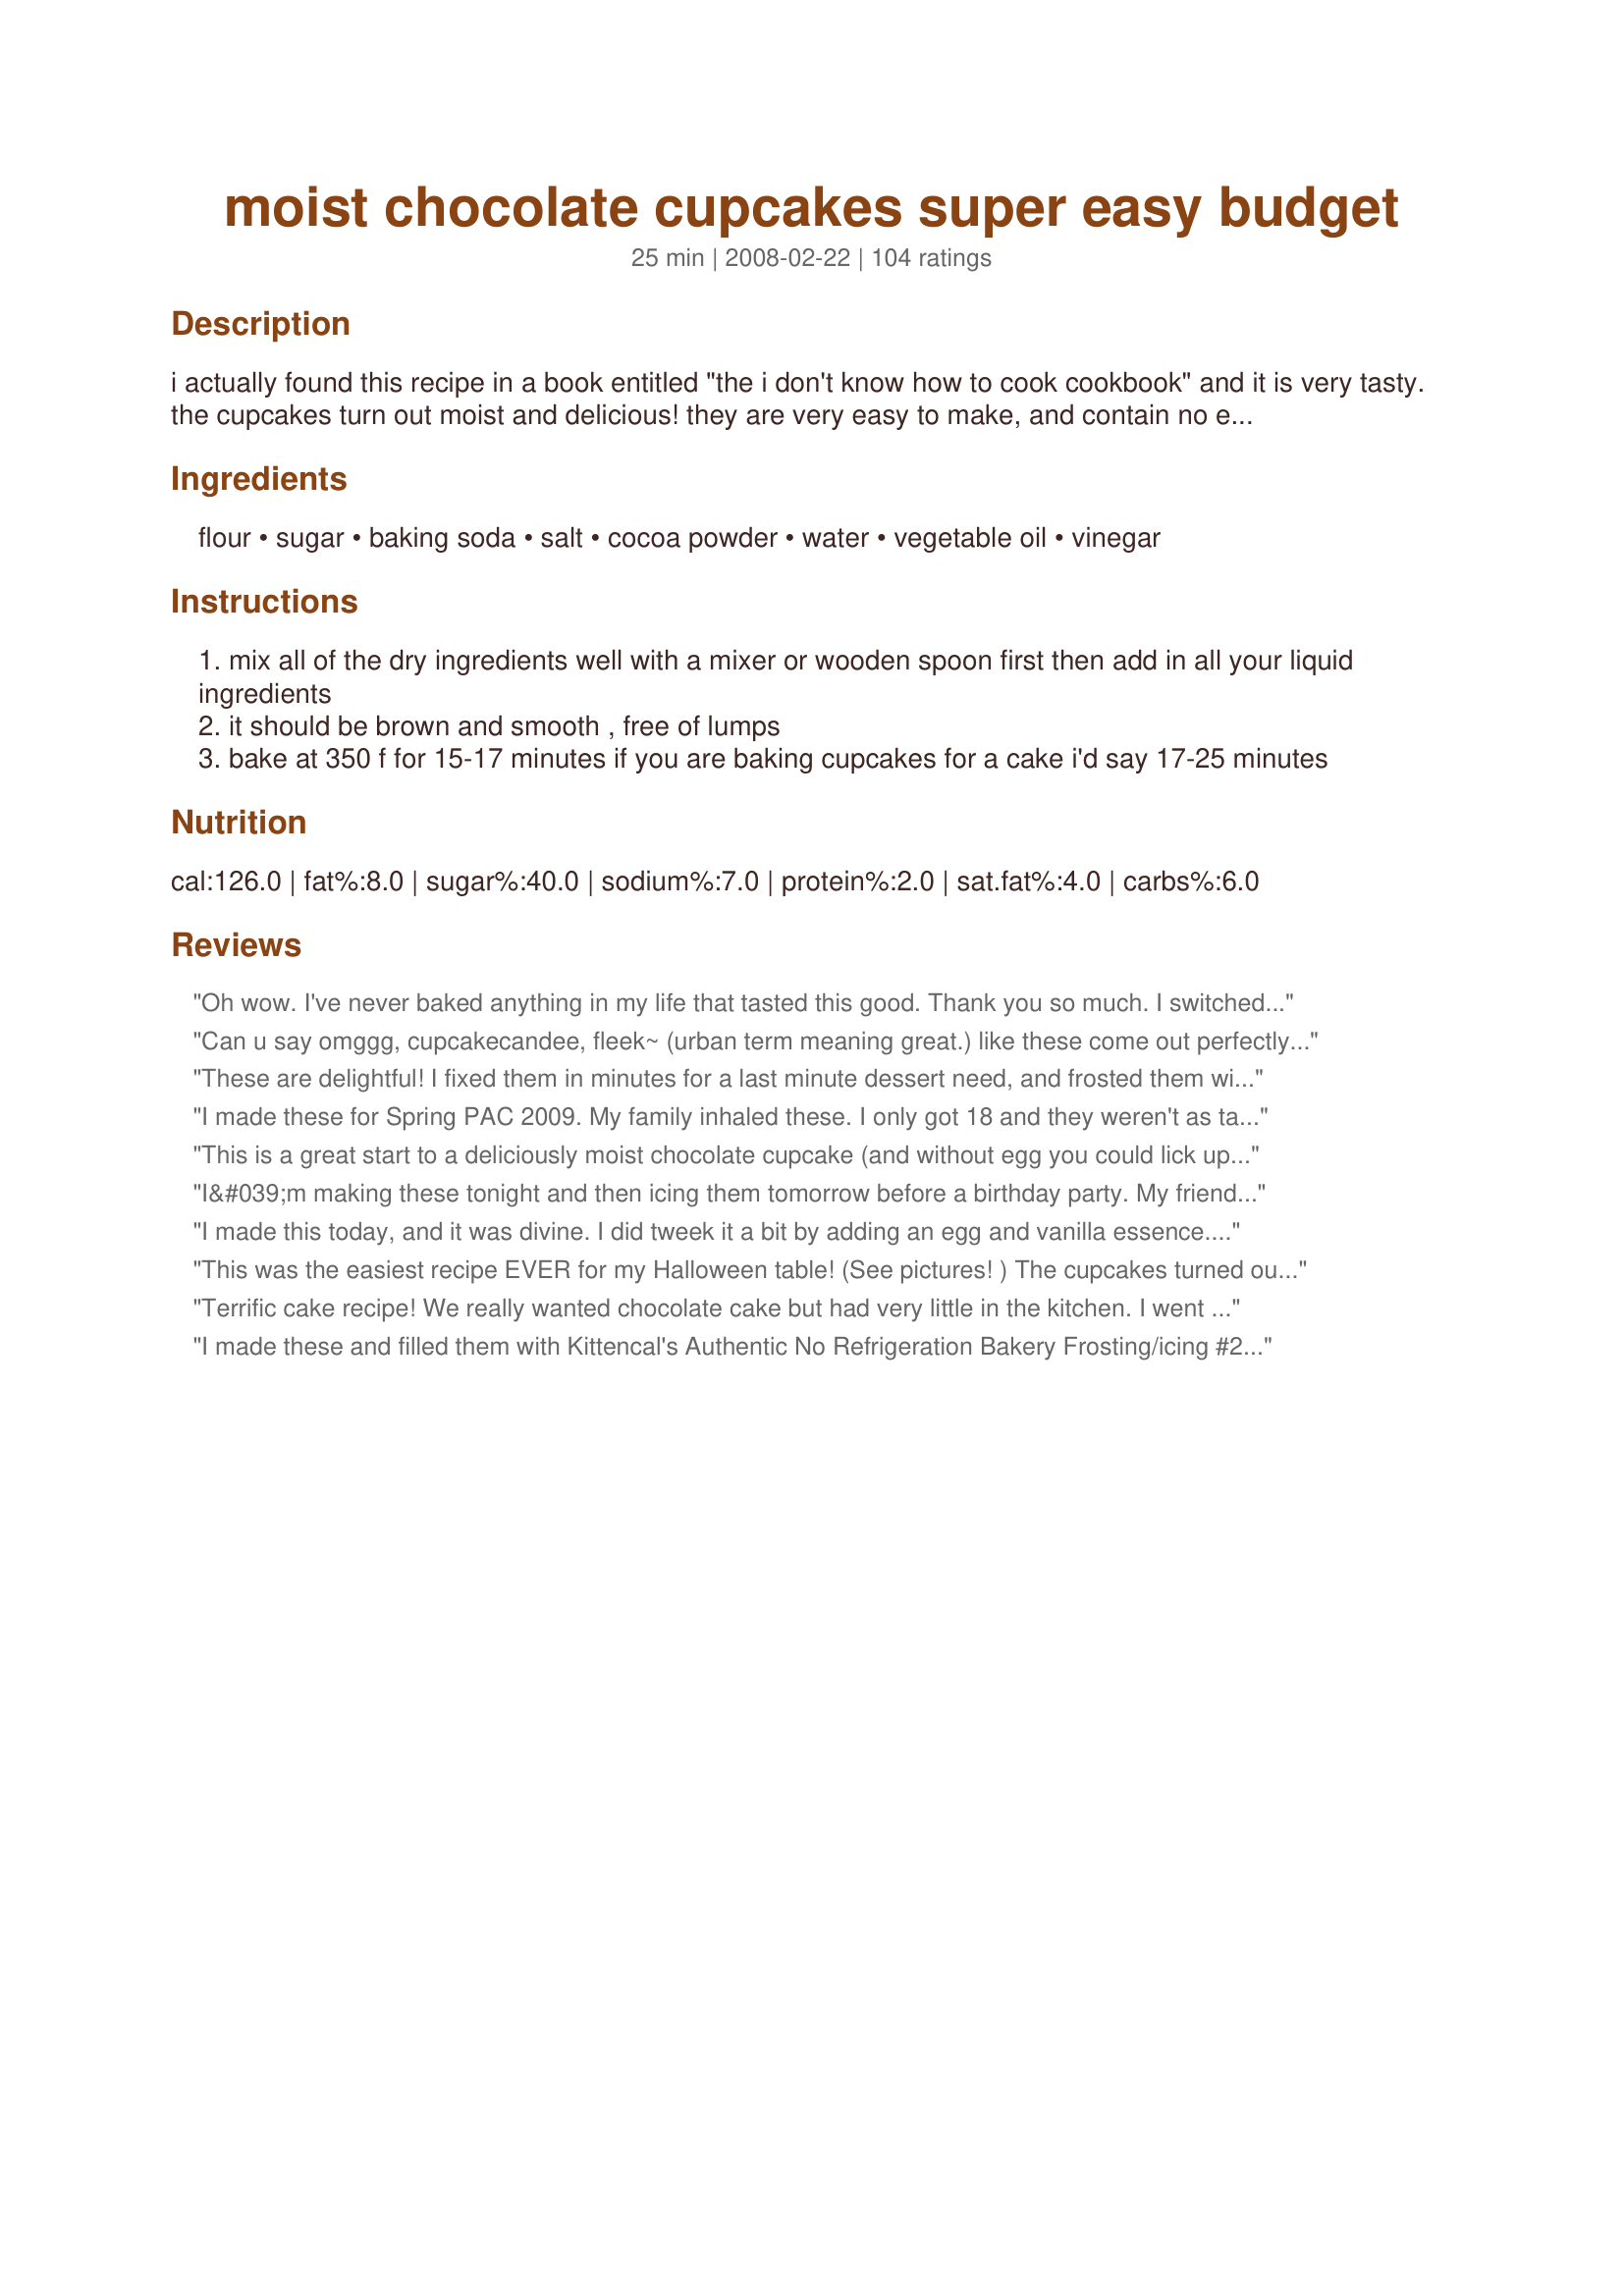
moist chocolate cupcakes super easy budget
Preparation time: 25 minutes

i actually found this recipe in a book entitled "the i don't know how to cook cookbook" and it is very tasty. the cupcakes turn out moist and delicious! they are very easy to make, and contain no eggs or milk. pair with your favorite icing.

however, buttermilk or milk may be substituted for water and melted butter may be substituted for the oil.

Ingredients:
flour, sugar, baking soda, salt, cocoa powder, water, vegetable oil, vinegar

Steps:
mix all of the dry ingredients well with a mixer or wooden spoon first then add in all your liquid ingredients
it should be brown and smooth , free of lumps
bake at 350 f for 15-17 minutes if you are baking cupcakes for a cake i'd say 17-25 minutes

Reviews:
Oh wow. I've never baked anything in my life that tasted this good. Thank you so much. I switched water to milk, added 3 tbsp of butter, a dash of cinnamon and drops of vanilla, cracked 1 egg. It came out so rich and yummy. I had to bake it longer but wow. Husband loves it. Thank you so much for sharing this =) I also made vanilla whipped icing on top, and omg heavenly !
Can u say omggg, cupcakecandee, fleek~ (urban term meaning great.) like these come out perfectly fluffy moist , finger lick nnn goodeee, and the list goes on every time. Note, I ran out of vinegar this time and used lemon juice instead tho. Made with no mess no fuss with my grandchild. As I only do easeee baking. I dont even use the word complicated in my dictionary. Keep bring n the recipes on. Sincerely tonguefulofnnokie
These are delightful! I fixed them in minutes for a last minute dessert need, and frosted them with a basic cocoa buttercream frosting. They are very dark and moist. A KEEPER! Thank you so much for posting the recipe.
I made these for Spring PAC 2009. My family inhaled these. I only got 18 and they weren't as tall as a cupcake made with egg but that was a plus to me. My littlest just eats the top half with the icing leaving the rest. With these he ate the whole thing. I baked some plain to frost for him and on the others I sprinkled about a teaspoon of unsweetened coconut then placed 4 mini kisses on top of the coconut. The coconut was very toasty when done. I will be making these again. Thank you.
This is a great start to a deliciously moist chocolate cupcake (and without egg you could lick up the remaining batter and not worry about salmonella). I did use a canola oil, olive oil and grapeseed oil blend in place of plain vegetable oil, and apple cider vinegar in place of white vinegar plus added teaspoon vanilla extract, teaspoon almond extract and a 1/4 teaspoon rose water. It was a huge success with the whipped cream cheese icing I made to top it off. The vinegar and baking soda helps the cupcake rise without egg, so don't think vinegar is a typo when making this budget-friendly cupcake!
I&#039;m making these tonight and then icing them tomorrow before a birthday party. My friend loves whipped icing, what is a great recipe with these cupcakes that I should use?
I made this today, and it was divine. I did tweek it a bit by adding an egg and vanilla essence...and Ferrero Rocher. I filled the cupcake holders halfway, and then pushed a whole chocolate into the middle. Baked it for about 25 mins. I got fluffy, moist cupcakes with a FR poking out the top. I made a simple butter cream icing to go with it. Love, love, love
This was the easiest recipe EVER for my Halloween table! (See pictures! ) The cupcakes turned out amazingly delicious! I also added an egg and some vanilla to the mix! They were really tasty and they puffed out a lot, I was so impressed with myself and the recipe especially that these were the first cupcakes I have ever made! I didn&#039;t even used a mixer, I just mixed everything by hand for maybe 2-3 minutes and that was it! They weren&#039;t very moist but they were moist enough, I&#039;ll definitely be making them from now on, thanks a million!
Terrific cake recipe! We really wanted chocolate cake but had very little in the kitchen. I went looking for a recipe that used oil and found this one! And joy of joys it's already vegan! Didn't have to fuss with any subs! Already wrote this down in the book. Thanks bunches!
I made these and filled them with Kittencal's Authentic No Refrigeration Bakery Frosting/icing #282040, they tasted just like a Hostess Suzy Q! i can't stop eating them!
I wish I could rate this a 100 star recipe but I can&#039;t It was a great I would highly recemend this recipe.
These are GREAT!!! I also listened to others reviews and added 1 egg to the recipe. I also changed the water to buttermilk as I had some I needed to use. Came out super moist and my husband LOVED them. Hes not a super sweets eater and he ate half of these already!
I was a little worried when my batter came out more like a brownie batter, but they were perfect! Will be saving this recipe!
Plain or self raising flour? I used plain because it has baking soda in it
Super easy and tasty! Thankyou!
This recipe is excellent. Followed it exactly and the result is perfect. I added a teaspoon of vanilla, which maybe wasn&#039;t necessary.
It&#039;s fun to make with kids, and they can eat the raw batter and you don&#039;t have to worry about salmonella from raw eggs.
The yield stated in the recipe was way off, though. I scooped my batter into the paper lined cupcake tin (standard sized cupcakes) using an ice cream scoop and the recipe made exactly 12, perfectly sized cupcakes.
These were perfect! I made the batter exactly as stated in the recipe. I did fill the cups fuller than the recipe probably intends, since it says it makes 20 cupcakes, and cooked them a little longer because I was low on liners. The very top had an awesome crispy texture, and the rest of the cupcake was very moist and soft.
I made these for my daughters 3rd birthday party and she LOVED THEM! she wouldn&#039;t even wait for them to chill so I could decorate them, she was stealing them out of the frig when my back was turned. I did add 1 egg and 1 tsp of vanilla to the mix. I also used special dark coca powder. End result was a light fluffy cupcake that my lactose intolerant daughter loved! I will be holding on to this one.
Great recipe! From now on this is my go to recipe. I only addes two eggs to the recipe. They came out great, they all rose beautifully.
Made this because I had a crave for a chocolate cake. Not THE BEST, but they were good enough especially fresh from the oven. My 5y.o and I fought over the last piece of cupcake. How come the batter yielded 6 cupcakes for me haha. What I will do differently next time - I'd mix the butter with sugar to get fluffier cuppies
Easy and simple, but there was not enough chocolate for me. I think a 3/4 cup of cocoa powder might be better. Otherwise, a great recipe.
Wonderfully moist, really quick and easy to make. I added chopped nuts to some and chocolate chips to some. Delicious !!
these were great and easy, thanks!!
Definitely a keeper! Thank you for this awesome recipe. I made this recipe for Christmas day lunch dessert and everybody loved it especially my kids. I followed some of reviewer&#039;s advice to add egg, and it held up pretty good. I had added 1 bar of chopped Hershey&#039;s cookies n&#039; cream chocolate, and oh boy it made the cupcakes cholatier. I will recommend this to anyone.
I came here just to say... THANK YOU SO MUCH for this recipe! I've always been bad at making cupcakes (not kidding). I've tried so many recipes before, some were even from books, and they came out either bland, dry, sticky or tough. I'm so happy that I stumbled upon this recipe. It's just perfect and very easy to make. The cakes were moist, soft, and flavorful. I also added a very little amount of coffee for a hint of flavor. This will be my go-to chocolate cupcake recipe from now on.
These are great cupcakes. They are easy to make and taste great. They are now my go to chocolate cupcakes.
I first made this as written a couple weeks ago and haven't been able to stop! Whenever I eat the last one of a batch I just throw together another (sometimes halved). They are so easy to make and turn out great. I haven't even had the desire to frost them yet - they are perfect as is!
What a great recipe! I was a little worried when I saw there were no eggs in the recipe, but I needn&#039;t have been because these turned out great. Rich, moist and so decadent. You honestly couldn&#039;t tell that these didn&#039;t have all the ingredients cupcakes usually have!
I love these they are great and I have turned them into my own by adding new stuff like walnuts or fruit like add a banana or applesauce instead of using sugar and they turn out great I made them for my guy friend for his birthday along with my homemad cream cheese frosting and he LOVED them
This recipe tastes great but I found that it doesn't even make 16 cupacakes
Quick, tasty, easy. I substituted 1 c. brewed coffee for the water and added a bit of extra sugar to counter it. Delicious!
Great recipe. Cupcakes are super moist and very chocolatey! I did add 1 egg, half tsp vanilla and a handful of chocolate chips. Everyone raves about them. Mine only seem to make a dozen cupcakes though.That&#039;s just the right number most of the time anyway.
I really liked this recipe. I took the recommendation of other reviewers and added an egg, vanilla. However, I found the taste a bit bitter. It&#039;s not as sweet as I like. When I followed the recipe I thought the sugar wasn&#039;t enough but I thought I&#039;ll follow the exact recipe. Next time I will add more sugar, probably half a cup more. I also loved the mess free one bowl mix. Thanks a lot.
These are delightful and easy I make these all the time. I can remember most of the recipe some times they don&#039;t all ways turn out as moist but there still delicious.
the first cupcake recipe i have ever done and i loved it!
This was super super easy and really yummy! I wish there was a super easy frosting recipe to go with it!
Follow the recepie exactly as is with measuring cup and spoon. It came out dense, sticking on my mouth, salty and flat. My daughter didn't like, I didn't like it. Has potential to get better, maybe reducing the salt and adding the egg some reviewers were mentioning. I will try another time with the egg.
A great cupcake that is budget friendly and even waist friendly with only 125 calories! I did not frost them as I'm planning on freezing them and using for lunch treats as needed for the kids. I LOVE that it only takes one bowl to throw these together - easy easy! Want to mention that I followed ingredients exactly and sprayed the paper liners a bit with non-stick and the papers peeled right off after cooling! Tagged through the I Recommend Tag Game based on Chef Jean's review. Thanks for sharing!
Made it! Yum. I used baking powder instead.. i dont have baking soda.. i add 3/4 of water and half cup of milk.. i didnt add vinegar. I listened to previous comments. I add one eggs.
I loved this! It was so simple and ooh so delicious. They were light and fluffy, moist, and rich; even though usually you can only get one. I did change the recipes to 25, because i wanted 24, but it only made 20. I was fine with it, because yum yum! I filled the cupcake liners just a little and they rose beautifully, I did add an egg looking at other reviews, and that seemed to help. I will definitely be using this again!
Very easy to make! Moist &amp; chocolate-y too. I followed the recipe &amp; tweaked some of the suggestions here. I put in brewed coffee instead of plain water, added a teaspoon of vanilla, and sprinkled semi-sweet choco chips on top. Baked them for 20 minutes @ 350. Yield: 10 cupcakes. Next time I&#039;ll try using butter instead of oil, and maybe add an egg.
These are very good chocolate cupcakes that are a breeze to make. I used one cup of water, 1/2 cup of applesauce for the oil and apple cider vinegar. A very moist cupcake with a nice chocolate flavor. Had some trouble getting them out of the cupcake papers so would bake them in the pan instead of adding the papers next time. I filled the papers half way and did have 20 cupcakes. Made and reviewed for the I Recommend Tag Game.
This recipe is DELISH!!! Very moist, easy to bake and vegan (if made as is). I made it the first time as written. The second time, I added an egg and 1 tsp. vanilla as recommended in many of the previous reviews. I definitely like the recipe with the egg and vanilla better. YUMMMMM. I'm making them again today for my daughter's birthday!
These are super!! And so easy. I just whipped some up for my husband&#039;s birthday tonight. This one is going to be a regular on my kid treat/church picnic/potluck rotation. Thanks!
So simple and so good! Did make only 12 big muffins out of the recipe though! Thanks LaTigress!
Disappointed :( ... it was very dense and way to rich in chocolate. I have tasted better.
Super easy recipe with great results! I followed the advice of a few other readers and added an egg, a tsp. of vanilla, and coffee to the water and taste was even better.
This recipe is simple and delicious! I had buttermilk to use up, so I substituted that for the water and vinegar. I also used a 1/2 cup of spelt flour. With the coffee and vanilla the chocolate flavor was enhanced. A favorite go to recipe now! Thanks
These came out great! I added an egg based on other reviewers&#039; suggestions and they&#039;re light and chocolatey and rose beautifully. I got 13 round cupcakes.
They came out great - added vanilla to make them even more chocolatey! Thanks for a fab recipe :) Bookmarked to be used again!

Anyone cooking cupcakes for school fairs could make these easily and gain extra kudos with the Vegan / dairy-free / egg-free label. :)
I would greatly recommend this cupcake recipe. I added an egg to make the batter a little more moist, and they turned out great ? also, don&#039;t freak out if after about five minutes the cupcakes look like there caving-in in the middle. After about twenty minutes they look great!
what is the size of cupcake liner to yield 20?thanks
The title is accurate - very tasty and moist cupcakes. I used 1/2 c buttermilk, 1/2 c chocolate milk and subbed applesauce for the oil. After my husband wolfed 2 down, he said, "These are awesome, Honey." I don't know which I like more - the taste or the ease of preparation.
OK, here&#039;s the backstory - my phone messages aren&#039;t coming through - specifically, the ones that said &quot;Yes, you can bring something - Dad wants chocolate cake&quot; &amp; &quot;Is noon ok?&quot; ... three hours before we had to be there. Do I panic? No. I search &quot;chocolate cupcakes,&quot; come upon this dream of a recipe and BAM! Two dozen absolutely delicious, easy, crowd-pleasing cupcakes in record time. A little coffee frosting dusted with ground chocolate and they were gorgeous. These are also vegan, if made as posted, which helps out a lot with the vegan member of the family. Thank you thank you - these are the go-to&#039;s from now on!!
Great chocolate cupcakes! The batter seemed a bit dry, so I added an egg and I used the buttermilk option. I got 12 nice sized cupcakes. They rose beautifully. LaTigress, thanks for the recipe!
Great recipe although I did make a few changes. I added a teaspoon of vanilla and also added an egg. I substituted the 1 cup of water for half cup of brewed coffee and half cup of water. Also added an extra tablespoon of sugar. Came out great!
I love it! I would have to say I was rather skeptical looking at the batter, but the cupcake did not disappoint!! Thank you!!
I kept everything from the recipe except for halving the salt. I also added vanilla and peanut butter in the center. Awesome!
I absolutely love this recipe.
I made it tonight for the first time and all cupcakes are gone.
The most delicious recipe I&#039;ve probably ever made.
I kept it as the original recipe as I don&#039;t like the &quot;eggy&quot; taste you can get from some baking.
I made a 1/2 recipe just as a trial, though I should have technically got 10 cupcakes I got 6 (the egg must bulk it up if used) but I will continue to make it with out the egg.
Very fluffy &amp; moist.
Really love how cost effective the recipe is.
I added an egg, vanilla, buttermilk and some espresso powder. They were not as moist as I anticipated and really didn&#039;t rise that much but definitely a keeper. Thanks. Any easy Yellow cupcakes recipes????
Exactly what the name says! Yummy too.
The absolutely best and moistest chocolate cupcakes/cake ever! I added the egg, coffee and vanilla from one of the tweaks and you definitely need to do that. No need to look any farther for your go-to chocolate cupcake recipe.
Love this recipe! I have never found a cake recipe that was as moist as this one. I brought it to our girls soccer practice and they all loved it and wanted seconds.
Super easy - very yummy. My kids really had a good time helping me make these. We substituted diet coke for the water to help make the cupcakes lighter - otherwise as written. We topped half with butter cream icing and sprinkles and the other half with mint icing and crushed candy canes. Adorable!
i followed the exact recipe without egg and t didnt turn out good,will be trying again soon
I love the cupcake
It's so simple to make and the result was beyond expectations. The cupcakes were moist and rised beautifully. P/s : Highly recommend
It was easy enough to make. I like that it&#039;s egg free for kids eating the batter. My complaint is that I halved the recipe since the yield was 20. I ended up with 9 pretty small cupcakes. I could have easily done the whole recipe and ended up with 12-15 properly filled cupcake liners. Very tasty. We added some if the super mini marshmallows for some texture (they are kind of crunchy and not soft). For those worried about the rise, the baking soda and the vinegar take care of that. I imagine adding an egg might cause some more rise and a slightly richer cake, but this is quite good as is. I may have had slightly too much flour because I had to add about 2 Tbsp of water to get it the right consistency.
Simple & delicious. Thumbs up!
Terrible recipe. it needed half cup milk, an egg and an extra full cup of sugar. i wouldnt use the salt either. you can taste it no matter how much sugar u put in
Easy indeed. Moist it was, but bitter more than sweet. I took a taste and I was done. Its possible I may have doubled the cocoa since I wasn't paying attention due to measuring and texting at the same time. lol. I'll have to try them again since the reviews were mostly great. No stars for now.
These are wonderful! I substituted milk for water but otherwise followed the recipe exactly. It has simple ingredients and I like that you just throw it all into one bowl and mix together. Thanks for the great recipe!
I omitted the vinegar, used milk instead of water, and added a beaten egg as well as a handful of chocolate chips because I only had one 25gr pack of cocoa. Despite a schizophrenic one-sided fan oven, the cupcakes all rose beautifully and managed to be fluffy, soft and moist. I had enough left over to make one rather strangely-shaped sponge round as well. Thank you so much LaTigress!
The worst cupcakes I&#039;ve ever baked. Almost a stodgy like texture. Yuck.
Awesome recipe!! The cupcakes were probably the best chocolate cupcackes I&#039;ve had yet! I slightly altered the recipe using hazelnut coffee instead of water, butter instead of oil, 1 egg, and I also added semisweet chocolate chips and chopped walnuts. They turned out great, with a nice texture.
I made these cupcakes using only the ingredients listed.mi used refined coconut oil for the vegetable oil. The mixture was really smooth and glossy. The cupcakes rose nicely. The mixture made 16 good sized ones. When I took them out of the oven I pushed white chocolate melts into them. They were lovely and moist, not overly sweet and a hit with the kids.
It turned out amazing. I added one egg, and a bit of coffee to the water, and they are the softest, most moist, fluffiest cupcakes Ive ever baked. One Hint: Use cupcake paper cups and don't bake them straight in the cupcake tray. I used a silicone tray and they were so soft and moist, they broke and crumbled when trying to remove them from the trays.
I added an egg and 1 tsp of vanilla essence, turned out they needed just a little bit of more sugar and I added in around 1 tablespoon or more. Ended up just amazing! thanks for the recipe!
These cupcakes looked great, but did not taste good.
Delicious and simple. Nice that you don't need a mixer to make this, a wooden spoon was enough to blend the ingredients. 

I substituted applesauce for the oil and 1/2 cup of whole wheat flour for 1/2 a cup of the white. Also added 1/2 cup of chocolate chips. DECADENT!
Wonderful! Love that there is no egg and it isn't too sweet. I added chocolate chips and paired with Recipe #481319 for a fabulous combination!
Fantastic recipe! My family loves it. It taste so good and similar to a cake. I did follow one ms. Katy M here who made a little addition like i put some pinches of cinnamon, a tsp of coffee powder mix in 1/3 hot water, added one egg and instead of vanilla (coz i dont have at hand) i used maple syrup. I made 15 cupcakes. Wow, this recipe is for keeps. Thank you LaTigress. Then as for the ganache, i quickly cook on the stove half can of condensed milk, some cocoa powder and a tbsp of butter just to let them incorporate. Then out of fire, i put a 1/8 cup of evaporated milk, mix in. Then viola! Taste like a cake.
Very easy to make and super moist cupcakes! I added a teaspoon of vanilla essence and a little bit of coffee grind (that was the only coffee I had) and it turned out lovely. Will try the recipe again with an egg like some have tried. My daughter&#039;s allergy to eggs anyway so this recipe is great for me, but I thought I&#039;ll still try it with an eggs just to see what the difference would be like. Thanks for sharing this recipe :D
Excellent and moist cupcakes. Really quick to whip together and they look delicious. They only made 18 cupcakes for me. I would make these again!
OMG! The cupcakes are fantastic! I used a cup of strong brewed coffee in place of the water. I placed the cocoa in the hot coffee so it could melt and blend better. I added an additional 1/2 c. of sugar since I was using dark cocoa along with the coffee. The cupcakes tasted incredibly moist and flavorful! Plus, I didnt have to pull out my stand mixer - yah! I am bringing them to a baby shower with "tiffany color blue" cream cheese frosting piped on them.(baby's mom choice);-o I will attached a picture
I never actually tried these but told they were nice, I made these for my baby shower using Recipe #55965 as my icing & placed
Recipe #112525 on top they looked very cute! TY Latigress
It is one of the WORST cupcakes ever tried. It was extremely soft but very very dark and salt added made them sour. Also the sugar quantity was very less according to me. Never going to try it. I did not add egg which most of the others suggest. But if Ever I make them like ever in 100 years will try it with egg included .
This is a very simple recipe for vegan cupcakes. And very easy to make, just mix everything!
The cupcakes are moist and delicious, and no one can guess that they are vegan ^^
Thanks so much for this recipe!! Was so easy, just simple ingredients and the cupcakes turned out so good both in appearance and taste! I have just added an egg and some chocolate chips!
Actually didn&#039;t read that this was a dairy/egg free recipe until I&#039;d combined all the dry ingredients and was sure it would be a sub-standard cupcake to my preference of recipes with egg and dairy - I WAS WRONG!!! This recipe was delicious and was made better as I used coconut oil instead of vegetable oil - so this made it very moreish, moist and perfect for those with allegies too!
Wow these turned out great! Really easy to make and turned out moist even until the next day. I can imagine adding a lot of different flavors (choco chips, nuts) to it to really make it even more delicious! :)
I Have a tendency to bake when i&#039;m under stress, I also have a tendency to mess up my food HORRIBLY while stressed. This recipe was perfect even without my complete focus they came out wonderfully. I&#039;ve made vegan cake before with unsavory results, but these were lovely. I&#039;d add vanilla next time, but the chocolate flavor on it&#039;s own is lovely. I&#039;m adding this to my list of go-to recipes. :) I topped them with Nutella Cream Cheese frosting- TO DIE FOR. I also split the recipe up to a 5person serving. still came out wonderfully for me. YAY!
I&#039;m not one to leave review usually. But this recipe is really easy to do with great result.
Added 1 egg and 1 tsp of vanilla essence as recommended by previous comment and made it with my toddler.
Love it!
Super easy! Love the flavor! Next time, Ill try adding an egg, vanilla and change water to coffee as what most suggest. But for kid friendly cupcakes, this is it, delicious as it is.. Will cut off my baking time to 20 mins though coz I&#039;m using a gas oven and baked in 170C, but even if it wasn&#039;t that moist, it&#039;s still delicious =)
These were GREAT! I listened to a previous reviewer and added an egg. I also mixed some instant coffee granules with the water. The egg made it rise beautifully. I wanted to make these for my bestfriend's birthday, and i'm sure she'll love them. These will be part of my chocolate cupcake collection. And i also forgot to add, i added about a 1 tsp vanilla.
This recipe is awesome, I added about 1/3 cup of crushed almonds to the recipe and it was amazing.
I followed the recipe exactly. The cupcakes didn&#039;t rise and had a crunchy top/skin on. They were dry. They weren&#039;t very sweet which is good (i used a cup of sugar as per recipe and unsweetened bourneville baking cocoa powder). I won&#039;t be doing it again.
Good, but they really didn&#039;t rise very much for me. I kept everything the same, except I added one egg per full recipe. I made the recipe 2-fold and it yeilded me 32 small cupcakes. Good &amp; moiste, not too sweet, but they only rose a wee bit.
I've used this and so many variations of this that are all delicious! Does anyone else find that the baking time is not accurate, though? For cupcakes it's been closer even to a half an hour before a fork comes out clean... I've done it with crumbled Oreos in the batter and it's super popular. I've also done a little extra flour and various flavours rather than the cocoa powder, basically just using this recipe as a base and it's always worked out moist and delicious.
As I adjusted the recipe as suggested in previous posts (I added an egg and 1tsp vanilla), I am not including a rating in case that is why these did not turn out. They were flat and flour tasting. I had to throw out the whole batch. It could also be that I am using Canadian flour which has a higher protein content which can affect cakes.
Super easy, no fuss recipe! I have baked and baked these over the past year :) &lt;br/&gt;&lt;br/&gt;I do always add: 1 Egg + 1/2 Tbsp Vanilla (as many people have suggested)&lt;br/&gt;&lt;br/&gt;I make then with &quot;liquid center&quot; which is the fancy word for placing a Lindt Chocolate Ball in the center btw the mix, and when done it comes out beautiful all melted (higher butter content) :))) &lt;br/&gt;&lt;br/&gt;They also maintain moisture pretty well and can be easily eaten 1-2 days later.
When I made this recipe I cut the vinegar and water and instead added an egg and a cup of milk. They turned out really good! I made with a cream cheese frosting.
This recipe made 12 incredibly fluffy and moist chocolate cupcakes. I had to tweak it a little. I added a little less sugar, added a 1/4 tsp cinnamon, 1 tsp vanilla, 1 tsp instant coffee powder and 1/3 cup more water. I guess I could've addrd an egg...next time! Cause I'll definitely be making these again! ??
I cut the sugar in half thinking it would be sweet enough but I was wrong it really needed the whole cup of sugar.The way they puffed up was really nice and the taste not bad at all for it not having eggs nor milk.It didn't come out that moist for me and I do not know why but it was still not that dry.I have been eating them with honey drizzled on top since I didn't add the sugar necessary and they are so good.
As the title says, these are quick and good. &lt;br/&gt;I made the following modifications&lt;br/&gt;Used light coconut milk instead of water.&lt;br/&gt;Added 1 tsp vanilla and 1 cup chocolate chips.
